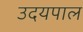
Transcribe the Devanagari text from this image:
उदयपाल